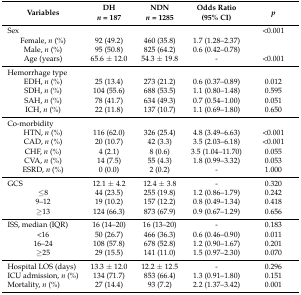
<table><thead><tr><td><b>Variables</b></td><td><b>DH<i>n</i> = 187</b></td><td><b>NDN<i>n</i> = 1285</b></td><td><b>Odds Ratio(95% CI)</b></td><td><b><i>p</i></b></td></tr></thead><tbody><tr><td>Sex</td><td></td><td></td><td></td><td>&lt;0.001</td></tr><tr><td>Female, <i>n</i> (%)</td><td>92 (49.2)</td><td>460 (35.8)</td><td>1.7 (1.28–2.37)</td><td></td></tr><tr><td>Male, <i>n</i> (%)</td><td>95 (50.8)</td><td>825 (64.2)</td><td>0.6 (0.42–0.78)</td><td></td></tr><tr><td>Age (years)</td><td>65.6 ± 12.0</td><td>54.3 ± 19.8</td><td>-</td><td>&lt;0.001</td></tr><tr><td>Hemorrhage type</td><td></td><td></td><td></td><td></td></tr><tr><td>EDH, <i>n</i> (%)</td><td>25 (13.4)</td><td>273 (21.2)</td><td>0.6 (0.37–0.89)</td><td>0.012</td></tr><tr><td>SDH, <i>n</i> (%)</td><td>104 (55.6)</td><td>688 (53.5)</td><td>1.1 (0.80–1.48)</td><td>0.595</td></tr><tr><td>SAH, <i>n</i> (%)</td><td>78 (41.7)</td><td>634 (49.3)</td><td>0.7 (0.54–1.00)</td><td>0.051</td></tr><tr><td>ICH, <i>n</i> (%)</td><td>22 (11.8)</td><td>137 (10.7)</td><td>1.1 (0.69–1.80)</td><td>0.650</td></tr><tr><td>Co-morbidity</td><td></td><td></td><td></td><td></td></tr><tr><td>HTN, <i>n</i> (%)</td><td>116 (62.0)</td><td>326 (25.4)</td><td>4.8 (3.49–6.63)</td><td>&lt;0.001</td></tr><tr><td>CAD, <i>n</i> (%)</td><td>20 (10.7)</td><td>42 (3.3)</td><td>3.5 (2.03–6.18)</td><td>&lt;0.001</td></tr><tr><td>CHF, <i>n</i> (%)</td><td>4 (2.1)</td><td>8 (0.6)</td><td>3.5 (1.04–11.70)</td><td>0.055</td></tr><tr><td>CVA, <i>n</i> (%)</td><td>14 (7.5)</td><td>55 (4.3)</td><td>1.8 (0.99–3.32)</td><td>0.053</td></tr><tr><td>ESRD, <i>n</i> (%)</td><td>0 (0.0)</td><td>2 (0.2)</td><td>-</td><td>1.000</td></tr><tr><td>GCS</td><td>12.1 ± 4.2</td><td>12.4 ± 3.8</td><td>-</td><td>0.320</td></tr><tr><td>≤8</td><td>44 (23.5)</td><td>255 (19.8)</td><td>1.2 (0.86–1.79)</td><td>0.242</td></tr><tr><td>9–12</td><td>19 (10.2)</td><td>157 (12.2)</td><td>0.8 (0.49–1.34)</td><td>0.418</td></tr><tr><td>≥13</td><td>124 (66.3)</td><td>873 (67.9)</td><td>0.9 (0.67–1.29)</td><td>0.656</td></tr><tr><td>ISS, median (IQR)</td><td>16 (14–20)</td><td>16 (13–20)</td><td>-</td><td>0.183</td></tr><tr><td>&lt;16</td><td>50 (26.7)</td><td>466 (36.3)</td><td>0.6 (0.46–0.90)</td><td>0.011</td></tr><tr><td>16–24</td><td>108 (57.8)</td><td>678 (52.8)</td><td>1.2 (0.90–1.67)</td><td>0.201</td></tr><tr><td>≥25</td><td>29 (15.5)</td><td>141 (11.0)</td><td>1.5 (0.97–2.30)</td><td>0.070</td></tr><tr><td>Hospital LOS (days)</td><td>13.3 ± 12.0</td><td>12.2 ± 12.5</td><td>-</td><td>0.296</td></tr><tr><td>ICU admission, <i>n</i> (%)</td><td>134 (71.7)</td><td>853 (66.4)</td><td>1.3 (0.91–1.80)</td><td>0.151</td></tr><tr><td>Mortality, <i>n</i> (%)</td><td>27 (14.4)</td><td>93 (7.2)</td><td>2.2 (1.37–3.42)</td><td>0.001</td></tr></tbody></table>